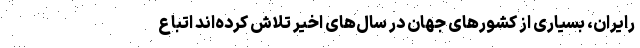
رایران، بسیاری از کشورهای جهان در سال‌های اخیر تلاش کرده‌اند اتباع